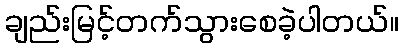
ချည်းမြင့်တက်သွားစေခဲ့ပါတယ်။